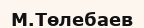
М.Төлебаев